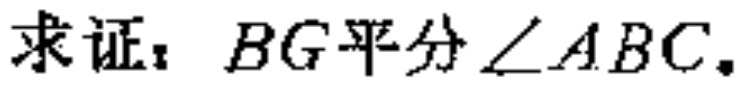
求证：$BG平分\angle ABC.$